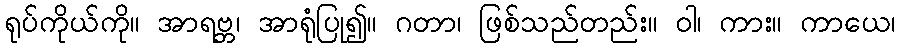
ရုပ်ကိုယ်ကို။ အာရဗ္ဘ၊ အာရုံပြု၍။ ဂတာ၊ ဖြစ်သည်တည်း။ ဝါ၊ ကား။ ကာယေ၊